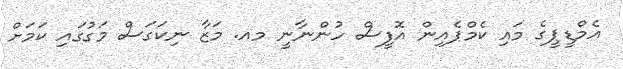
އެމްޑީޕީގެ މައި ކެމްޕެއިން އޮފީސް ހުންނާނީ މއ. މަޒާ ނިކަގަސް މަގުގައި ކަމަށް